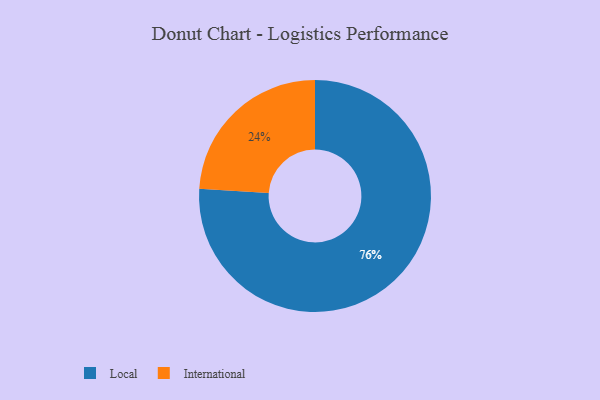
{"axis": {"x": "Category", "y": "Percentage"}, "legend": ["International", "Local"], "data": [{"x": "International", "y": 24, "type": "International"}, {"x": "Local", "y": 76, "type": "Local"}]}